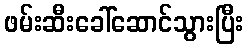
ဖမ်းဆီးခေါ်ဆောင်သွားပြီး